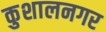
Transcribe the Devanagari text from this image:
कुशालनगर